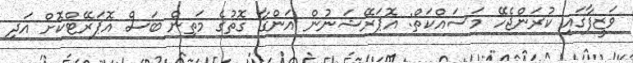
ވަޒީފާގައި ކުރަންޖެހޭ މަސައްކަތް: އޮޕަރޭޝަނުން އަންގާ ގޮތުގެ މަތިން ބަސް އޮޕަރޭޓްކޮށް އަދި